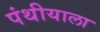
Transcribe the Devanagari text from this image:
पंथीयाला